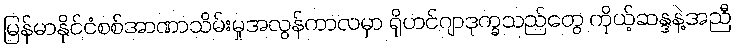
မြန်မာနိုင်ငံစစ်အာဏာသိမ်းမှုအလွန်ကာလမှာ ရိုဟင်ဂျာဒုက္ခသည်တွေ ကိုယ့်ဆန္ဒနဲ့အညီ